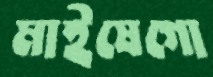
মাইষেগো